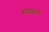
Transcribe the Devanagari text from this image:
संगहार